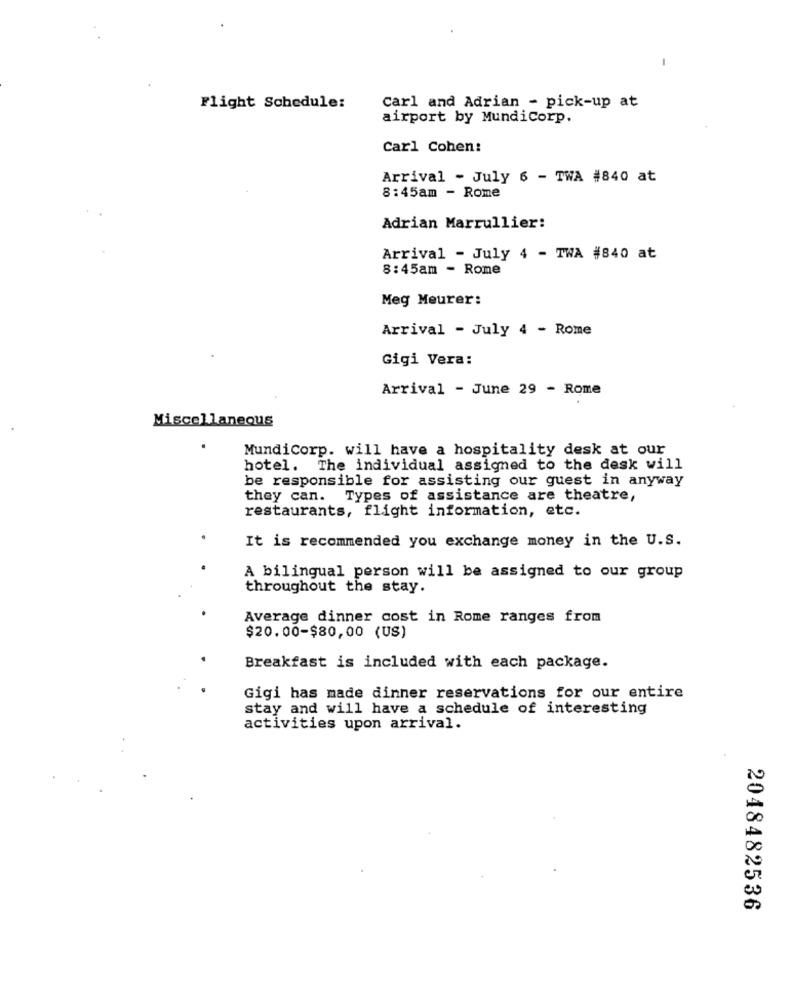
Flight Schedule:
Carl and Adrian - pick-up at
airport by MundiCorp.
Carl Cohen:
Arrival - July 6 - TWA #840 at
8:45am - Rome
Adrian Marrullier:
Arrival - July 4 - TWA #840 at
8:45am - Rome
Meg Meurer:
Arrival - July 4 - Rome
Gigi Vera:
Arrival - June 29 - Rome
Miscellaneous
MundiCorp. will have a hospitality desk at our
hotel. The individual assigned to the desk will
be responsible for assisting our guest in anyway
they can. Types of assistance are theatre,
restaurants, flight information, etc.
It is recommended you exchange money in the U.S.
A bilingual person will be assigned to our group
throughout the stay.
Average dinner cost in Rome ranges from
$20.00-$80,00 (US)
Breakfast is included with each package.
Gigi has made dinner reservations for our entire
stay and will have a schedule of interesting
activities upon arrival.
2048482536